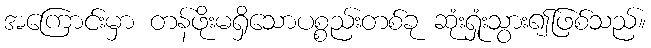
အကြောင်းမှာ တန်ဖိုးမရှိသောပစ္စည်းတစ်ခု ဆုံးရှုံးသွား၍ဖြစ်သည်။